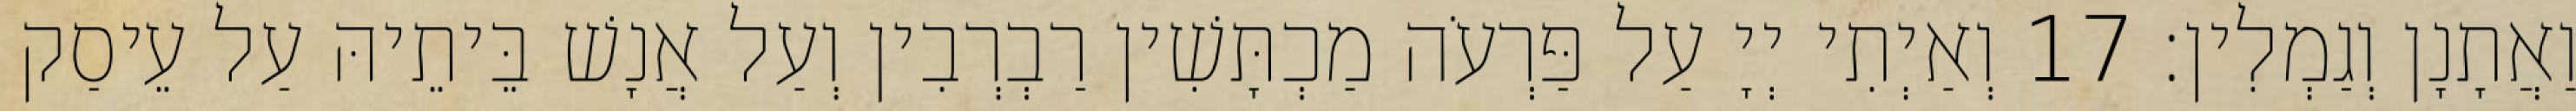
וַאֲתָנָן וְגַמְלִין׃ 17 וְאַיְתִי יְיָ עַל פַּרְעֹה מַכְתָּשִׁין רַבְרְבִין וְעַל אֲנָשׁ בֵּיתֵיהּ עַל עֵיסַק